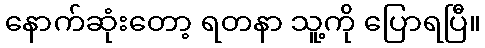
နောက်ဆုံးတော့ ရတနာ သူ့ကို ပြောရပြီ။